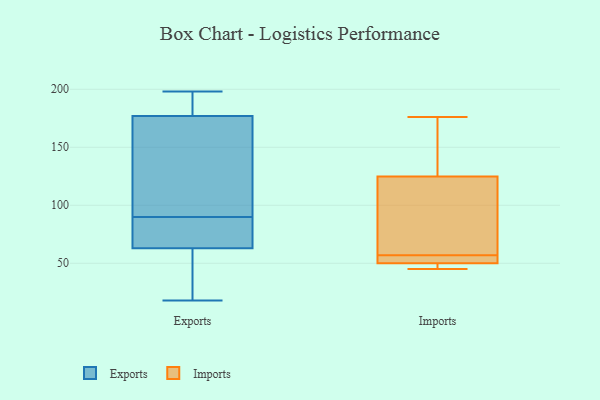
{"axis": {"x": "Operating Costs (USD K)", "y": "Value"}, "legend": ["Exports", "Imports"], "data": [{"x": "", "y": 63, "type": "Exports"}, {"x": "", "y": 51, "type": "Exports"}, {"x": "", "y": 66, "type": "Exports"}, {"x": "", "y": 198, "type": "Exports"}, {"x": "", "y": 182, "type": "Exports"}, {"x": "", "y": 109, "type": "Exports"}, {"x": "", "y": 177, "type": "Exports"}, {"x": "", "y": 78, "type": "Exports"}, {"x": "", "y": 18, "type": "Exports"}, {"x": "", "y": 102, "type": "Exports"}, {"x": "", "y": 50, "type": "Imports"}, {"x": "", "y": 57, "type": "Imports"}, {"x": "", "y": 96, "type": "Imports"}, {"x": "", "y": 112, "type": "Imports"}, {"x": "", "y": 176, "type": "Imports"}, {"x": "", "y": 50, "type": "Imports"}, {"x": "", "y": 45, "type": "Imports"}, {"x": "", "y": 47, "type": "Imports"}, {"x": "", "y": 162, "type": "Imports"}, {"x": "", "y": 55, "type": "Imports"}, {"x": "", "y": 129, "type": "Imports"}]}